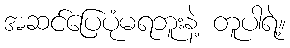
အဆင်ပြေပုံမရဘူးနဲ့ တူပါရဲ့။